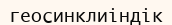
геосинклиіндік